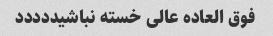
فوق العاده عالی خسته نباشیددددد